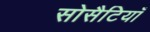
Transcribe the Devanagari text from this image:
सोसैटियाँ